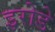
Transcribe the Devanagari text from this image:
इरोडे